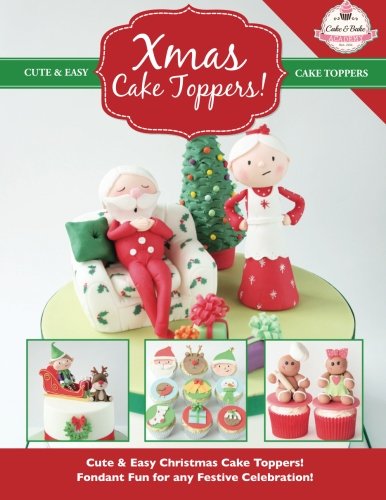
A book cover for Xmas Cake Toppers!: Cute & Easy Christmas Cake Toppers! Fondant Fun for any Festive Celebration! (Cute & Easy Cake Toppers Collection) (Volume 9); The Cake & Bake Academy; Cookbooks, Food & Wine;